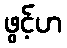
ဖွင့်ဟ